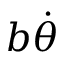
b \dot { \theta }